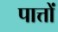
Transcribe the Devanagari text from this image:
पात्तों